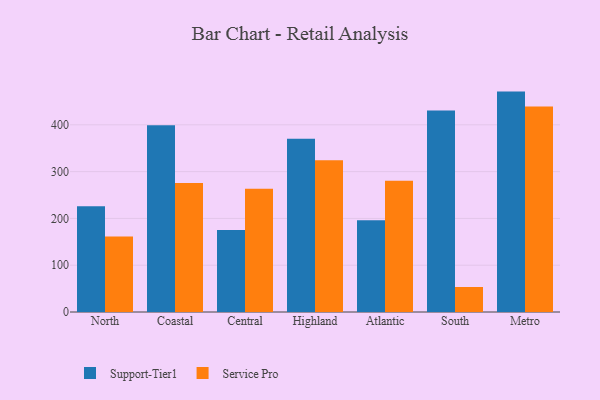
{"axis": {"x": "Region", "y": "Satisfaction Score"}, "legend": ["Service Pro", "Support-Tier1"], "data": [{"x": "North", "y": 225.8, "type": "Support-Tier1"}, {"x": "North", "y": 161.5, "type": "Service Pro"}, {"x": "Coastal", "y": 399.1, "type": "Support-Tier1"}, {"x": "Coastal", "y": 275.8, "type": "Service Pro"}, {"x": "Central", "y": 175.5, "type": "Support-Tier1"}, {"x": "Central", "y": 263.5, "type": "Service Pro"}, {"x": "Highland", "y": 370.5, "type": "Support-Tier1"}, {"x": "Highland", "y": 324.5, "type": "Service Pro"}, {"x": "Atlantic", "y": 196.2, "type": "Support-Tier1"}, {"x": "Atlantic", "y": 280.4, "type": "Service Pro"}, {"x": "South", "y": 430.8, "type": "Support-Tier1"}, {"x": "South", "y": 53.5, "type": "Service Pro"}, {"x": "Metro", "y": 471.0, "type": "Support-Tier1"}, {"x": "Metro", "y": 439.2, "type": "Service Pro"}]}